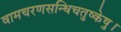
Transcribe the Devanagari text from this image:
वामचरणसन्धिचतुष्केषु।